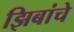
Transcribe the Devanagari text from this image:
झिबांचे